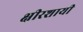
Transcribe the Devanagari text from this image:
क्षीरशायी